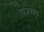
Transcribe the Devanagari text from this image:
राज्पाल